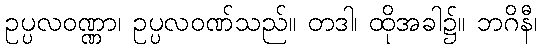
ဥပ္ပလဝဏ္ဏာ၊ ဥပ္ပလဝဏ်သည်။ တဒါ၊ ထိုအခါ၌။ ဘဂိနီ၊